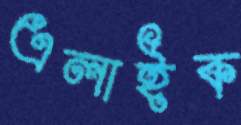
এলাইক